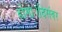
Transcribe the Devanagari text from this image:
होगा।दिसंबर